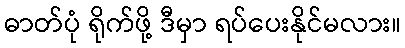
ဓာတ်ပုံ ရိုက်ဖို့ ဒီမှာ ရပ်ပေးနိုင်မလား။